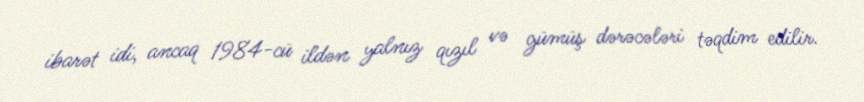
ibarət idi, ancaq 1984-cü ildən yalnız qızıl və gümüş dərəcələri təqdim edilir.